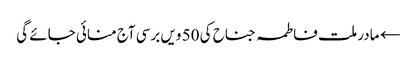
← مادر ملت فاطمہ جناح کی 50 ویں برسی آج منائی جائے گی